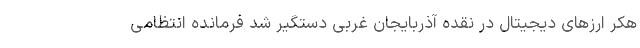
هکر ارزهای دیجیتال در نقده آذربایجان غربی دستگیر شد فرمانده انتظامی